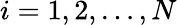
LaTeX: i=1,2,\ldots,N